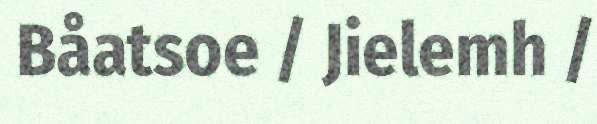
Båatsoe / Jielemh /